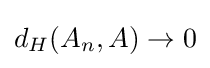
d_{H}(A_{n},A)\to 0